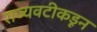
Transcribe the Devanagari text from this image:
राज्यवटीकडून